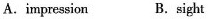
A.impression B.Sight